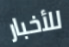
للأخبار